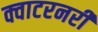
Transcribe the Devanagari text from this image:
क्वाटरनरी